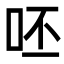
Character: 呸